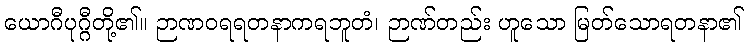
ယောဂီပုဂ္ဂီတို့၏။ ဉာဏဝရရတနာကရဘူတံ၊ ဉာဏ်တည်း ဟူသော မြတ်သောရတနာ၏